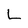
Character: L